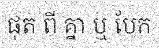
ផុត ពី គ្នា ឬ បែក